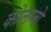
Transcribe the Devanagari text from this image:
कोलम्‍बो